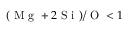
( \mathrm { ~ M ~ g ~ } + 2 \mathrm { ~ S ~ i ~ } ) / \mathrm { ~ O ~ } < 1